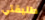
طليقتي